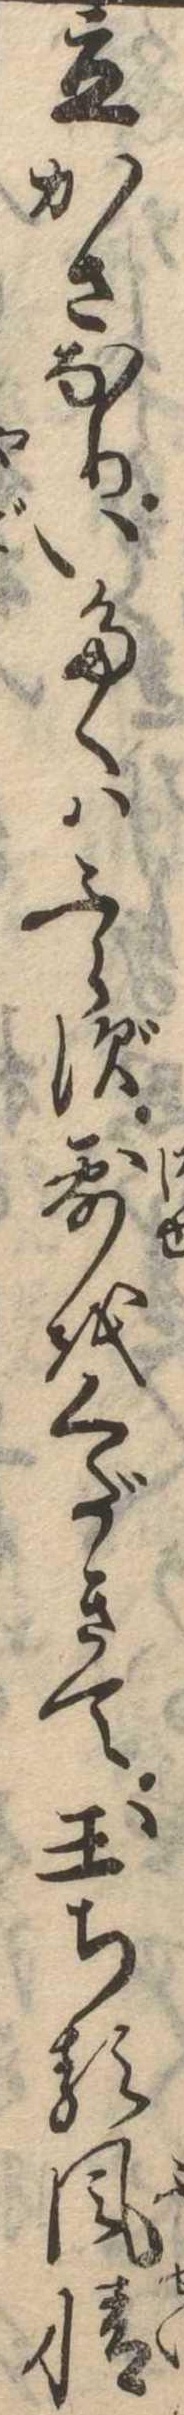
立かさなりいたくはふらず露をくだきて玉ちる風情